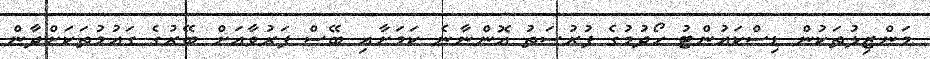
މަންޒިލުތަކުން ޑިސްކައުންޓު ހޯދުމުގެ ފުރުސަތު އޮންނާނެ ކަމަށާއި ބޭސް ފަރުވާއަށް ބޭރުގެ ގައުމުތަކަށްދާން